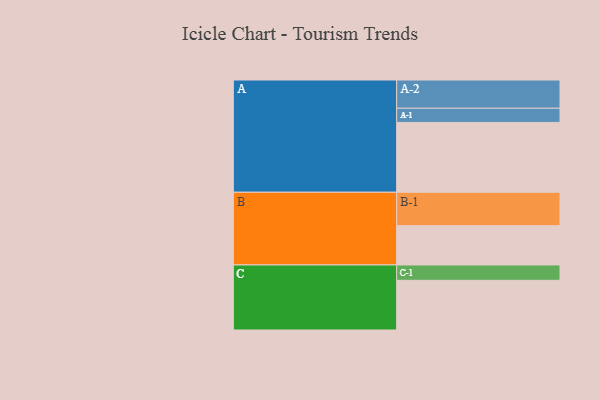
{"axis": {"x": "Segment", "y": "Value"}, "legend": ["", "A", "B", "C"], "data": [{"x": "A", "y": 537, "type": ""}, {"x": "B", "y": 302, "type": ""}, {"x": "C", "y": 382, "type": ""}, {"x": "A-1", "y": 109, "type": "A"}, {"x": "A-2", "y": 217, "type": "A"}, {"x": "B-1", "y": 257, "type": "B"}, {"x": "C-1", "y": 118, "type": "C"}]}